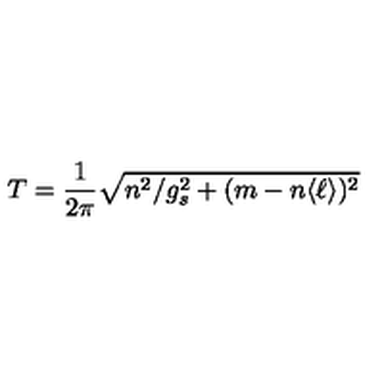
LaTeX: T = { \frac { 1 } { 2 \pi } } \sqrt { n ^ { 2 } / g _ { s } ^ { 2 } + ( m - n \langle \ell \rangle ) ^ { 2 } }